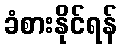
ခံစားနိုင်ရန်